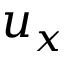
u _ { x }